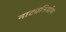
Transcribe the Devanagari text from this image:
नाट्यनिर्माण